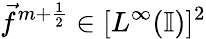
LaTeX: \vec{f}^{m+\frac{1}{2}}\in[L^{\infty}(\mathbb{I})]^{2}